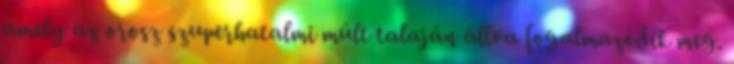
amely az orosz szuperhatalmi múlt talaján állva fogalmazódik meg.